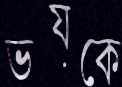
ভয়কে